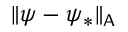
\| \psi - \psi _ { * } \| _ { \mathsf { A } }